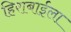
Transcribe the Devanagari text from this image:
हिराबाईला